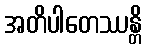
အတိပါတေဿန္တိ